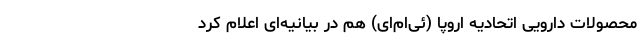
محصولات دارویی اتحادیه اروپا (ئی‌ام‌ای) هم در بیانیه‌ای اعلام کرد